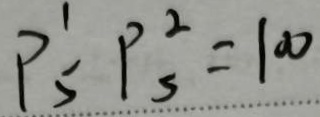
P _ { 5 } ^ { 1 } P _ { 5 } ^ { 2 } = 1 0 0